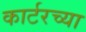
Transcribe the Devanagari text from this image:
कार्टरच्या